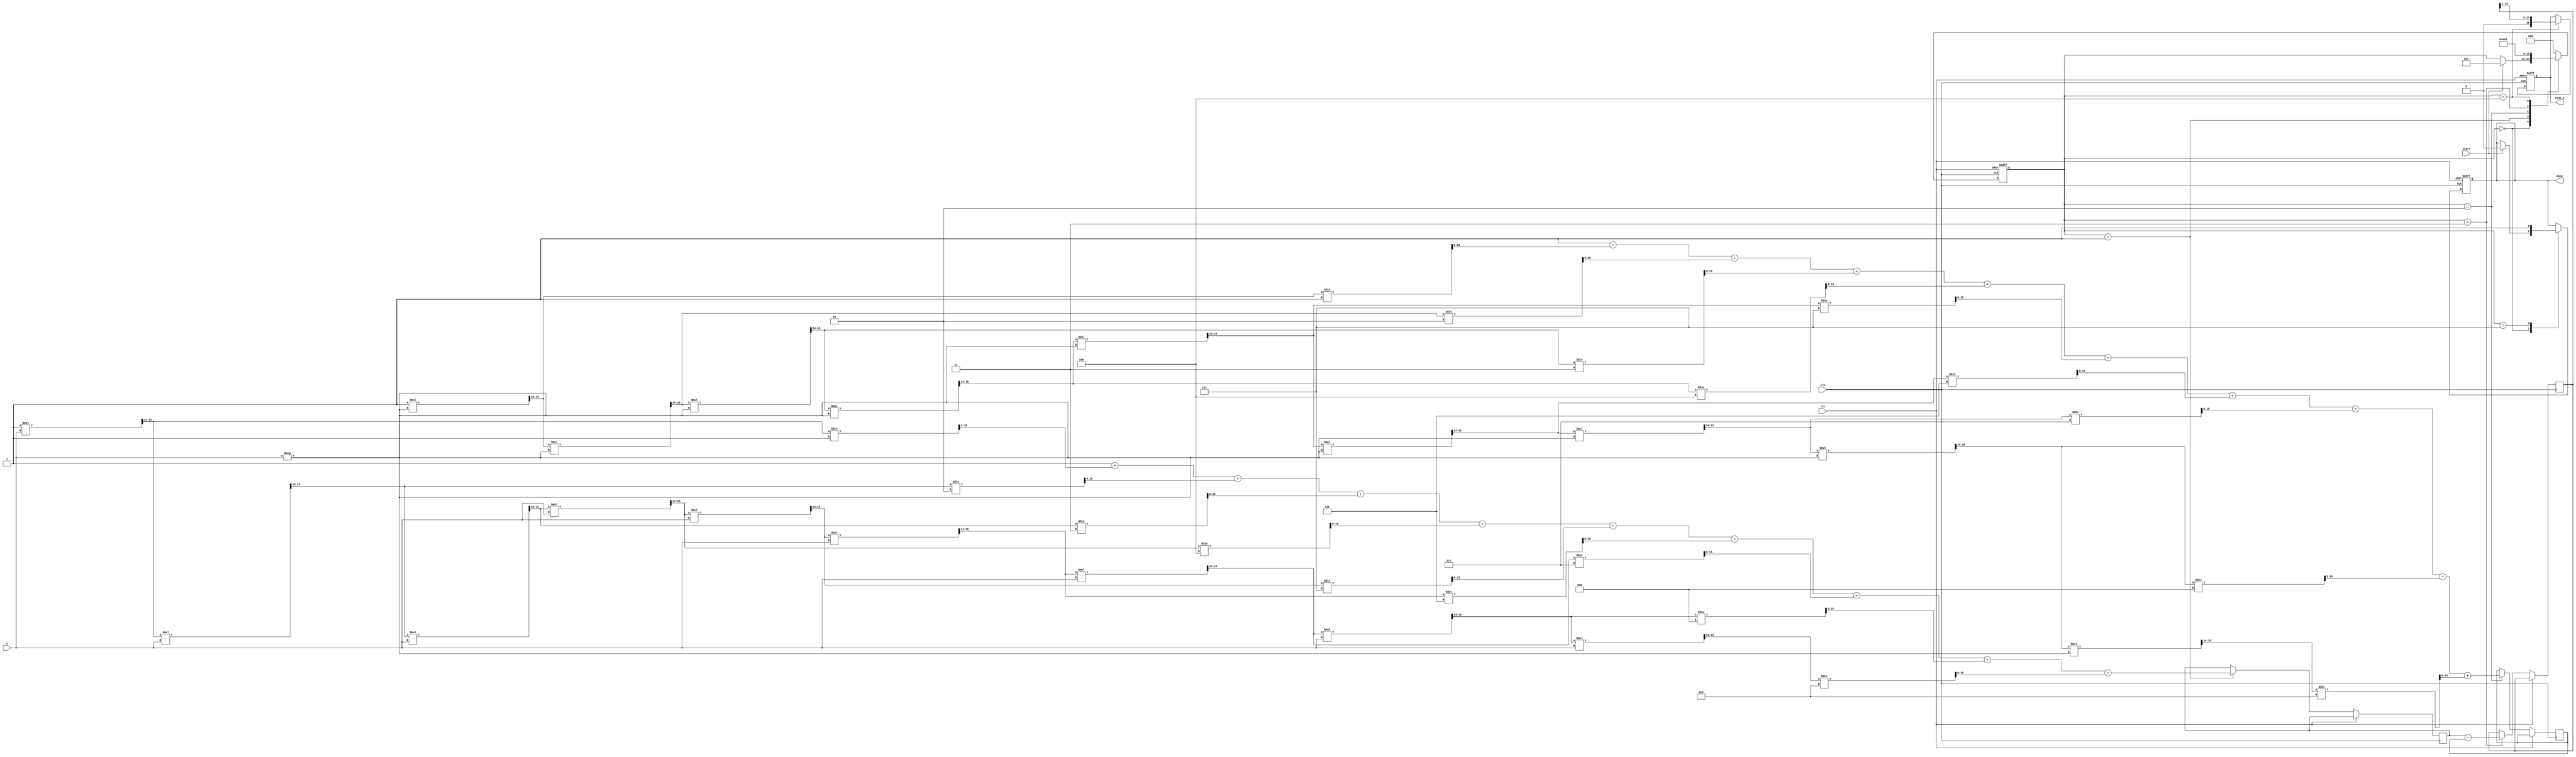
module sinh_block (
    input wire clk,
    input wire rst,
    input wire [15:0] x,            // 16-bit fixed-point input
    input wire start,               // Start signal
    output reg [15:0] sinh_x,       // 16-bit fixed-point output
    output reg done                 // Done signal
);
    
    reg [15:0] exp_x;               // e^x
    reg [15:0] exp_neg_x;           // e^(-x)
    reg [15:0] exp_diff;            // e^x - e^(-x)
    reg [2:0] state;                // State for FSM

    // State encoding
    localparam IDLE = 3'b000,
               CALC_EXP_X = 3'b001,
               CALC_EXP_NEG_X = 3'b010,
               CALC_DIFF = 3'b011,
               DIVIDE_BY_TWO = 3'b100,
               DONE = 3'b101;

    // Simple Taylor series approximation for e^x
    function [15:0] exp_approx(input [15:0] x);
        reg [15:0] term;
        reg [15:0] sum;
        integer i;
        begin
            term = 16'h0001; // e^0 = 1
            sum = term;
            for (i = 1; i < 10; i = i + 1) begin
                term = (term * x) >> 14; // x^i / i! approximation
                sum = sum + term / i;
            end
            exp_approx = sum;
        end
    endfunction

    always @(posedge clk or posedge rst) begin
        if (rst) begin
            state <= IDLE;
            sinh_x <= 16'h0000;
            done <= 1'b0;
        end else begin
            case (state)
                IDLE: begin
                    if (start) begin
                        state <= CALC_EXP_X;
                        done <= 1'b0;
                    end
                end

                CALC_EXP_X: begin
                    exp_x <= exp_approx(x);
                    state <= CALC_EXP_NEG_X;
                end

                CALC_EXP_NEG_X: begin
                    exp_neg_x <= exp_approx(-x);
                    state <= CALC_DIFF;
                end

                CALC_DIFF: begin
                    exp_diff <= exp_x - exp_neg_x; // e^x - e^(-x)
                    state <= DIVIDE_BY_TWO;
                end

                DIVIDE_BY_TWO: begin
                    sinh_x <= exp_diff >> 1; // (e^x - e^(-x)) / 2
                    state <= DONE;
                end

                DONE: begin
                    done <= 1'b1;
                    state <= IDLE; // Go back to idle
                end

                default: state <= IDLE;
            endcase
        end
    end
endmodule